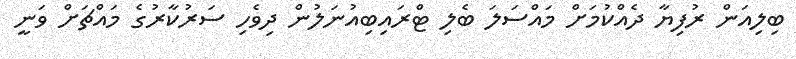
ބިލިއަން ރުފިޔާ ދެއްކުމަށް މައްސަލަ ބެލި ޓްރައިބިއުނަލުން ދިވެހި ސަރުކާރުގެ މައްޗަށް ވަނީ